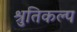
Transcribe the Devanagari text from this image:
श्रुतिकल्प